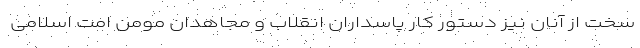
سخت از آنان نیز دستور کار پاسداران انقلاب و مجاهدان مومن امت اسلامی